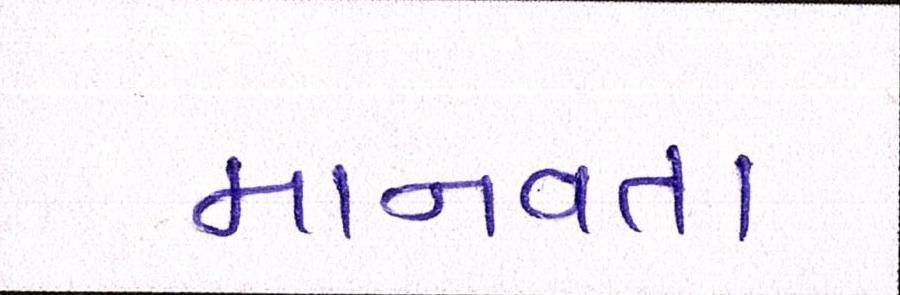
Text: માનવતા